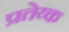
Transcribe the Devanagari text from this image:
प्रतेय्क